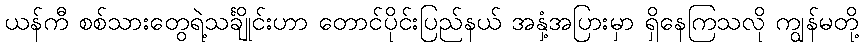
ယန်ကီ စစ်သားတွေရဲ့သင်္ချိုင်းဟာ တောင်ပိုင်းပြည်နယ် အနှံ့အပြားမှာ ရှိနေကြသလို ကျွန်မတို့